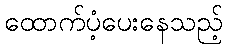
ထောက်ပံ့ပေးနေသည့်